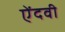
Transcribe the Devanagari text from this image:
ऐंदवी